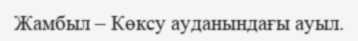
Жамбыл – Көксу ауданындағы ауыл.